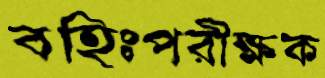
বহিঃপরীক্ষক